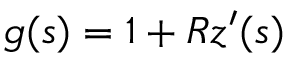
g ( s ) = 1 + R z ^ { \prime } ( s )